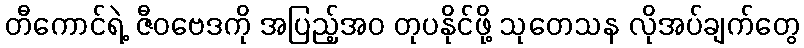
တီကောင်ရဲ့ ဇီဝဗေဒကို အပြည့်အဝ တုပနိုင်ဖို့ သုတေသန လိုအပ်ချက်တွေ